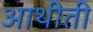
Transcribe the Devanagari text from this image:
आथीती